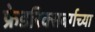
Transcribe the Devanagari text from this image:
फ्रेडरिक्सबर्गच्या